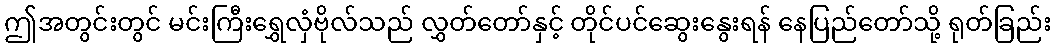
ဤအတွင်းတွင် မင်းကြီးရွှေလှံဗိုလ်သည် လွှတ်တော်နှင့် တိုင်ပင်ဆွေးနွေးရန် နေပြည်တော်သို့ ရုတ်ခြည်း